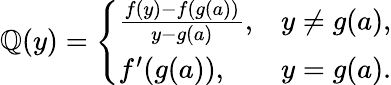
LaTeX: \mathbb{Q}(y)={\left\{ \begin{array}{ll}{{\frac{f(y)-f(g(a))}{y-g(a)}},}&{y\neq g(a),}\\ {f^{\prime}(g(a)),}&{y=g(a).}\end{array}\right.}